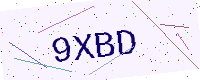
Text: 9XBD